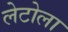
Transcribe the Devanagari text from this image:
लेटोला